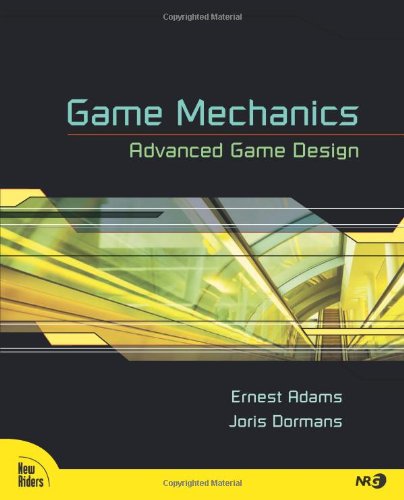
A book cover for Game Mechanics: Advanced Game Design (Voices That Matter); Ernest Adams; Computers & Technology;